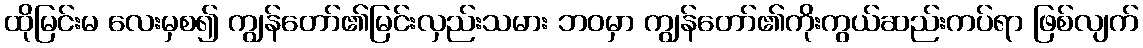
ထိုမြင်းမ လေးမှစ၍ ကျွန်တော်၏မြင်းလှည်းသမား ဘဝမှာ ကျွန်တော်၏ကိုးကွယ်ဆည်းကပ်ရာ ဖြစ်လျက်